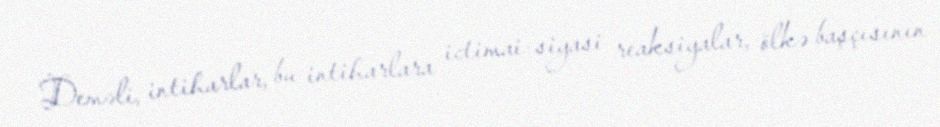
Deməli, intiharlar, bu intiharlara ictimai-siyasi reaksiyalar, ölkə başçısının